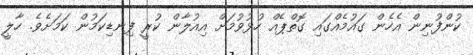
ކުންފުނިން އެހެން ގައުމެއްގައި ގޮތްޕެއް ހުޅުވުމަށް އިއުލާން ކުރީ ފިނޑިކަމުން ކަމަށެވެ. ހާލީ